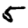
Digit: 5